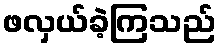
ဖလှယ်ခဲ့ကြသည်